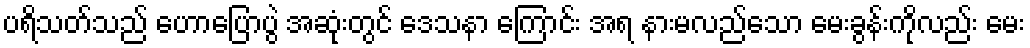
ပရိသတ်သည် ဟောပြောပွဲ အဆုံးတွင် ဒေသနာ ကြောင်း အရ နားမလည်သော မေးခွန်းကိုလည်း မေး